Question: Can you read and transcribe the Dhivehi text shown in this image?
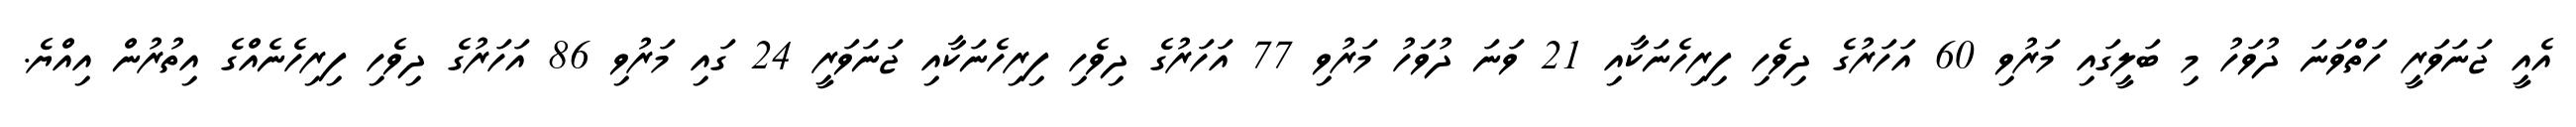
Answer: އެއީ ޖަނަވަރީ ހަތްވަނަ ދުވަހު މި ބަލީގައި މަރުވި 60 އަހަރުގެ ދިވެހި ފިރިހެނަކާއި 21 ވަނަ ދުވަހު މަރުވި 77 އަހަރުގެ ދިވެހި ފިރިހެނަކާއި ޖަނަވަރީ 24 ގައި މަރުވި 86 އަހަރުގެ ދިވެހި ފިރިހެނެއްގެ އިތުރުން އިއްޔެ.